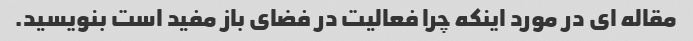
مقاله ای در مورد اینکه چرا فعالیت در فضای باز مفید است بنویسید.